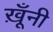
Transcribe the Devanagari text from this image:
ख़ूँनी